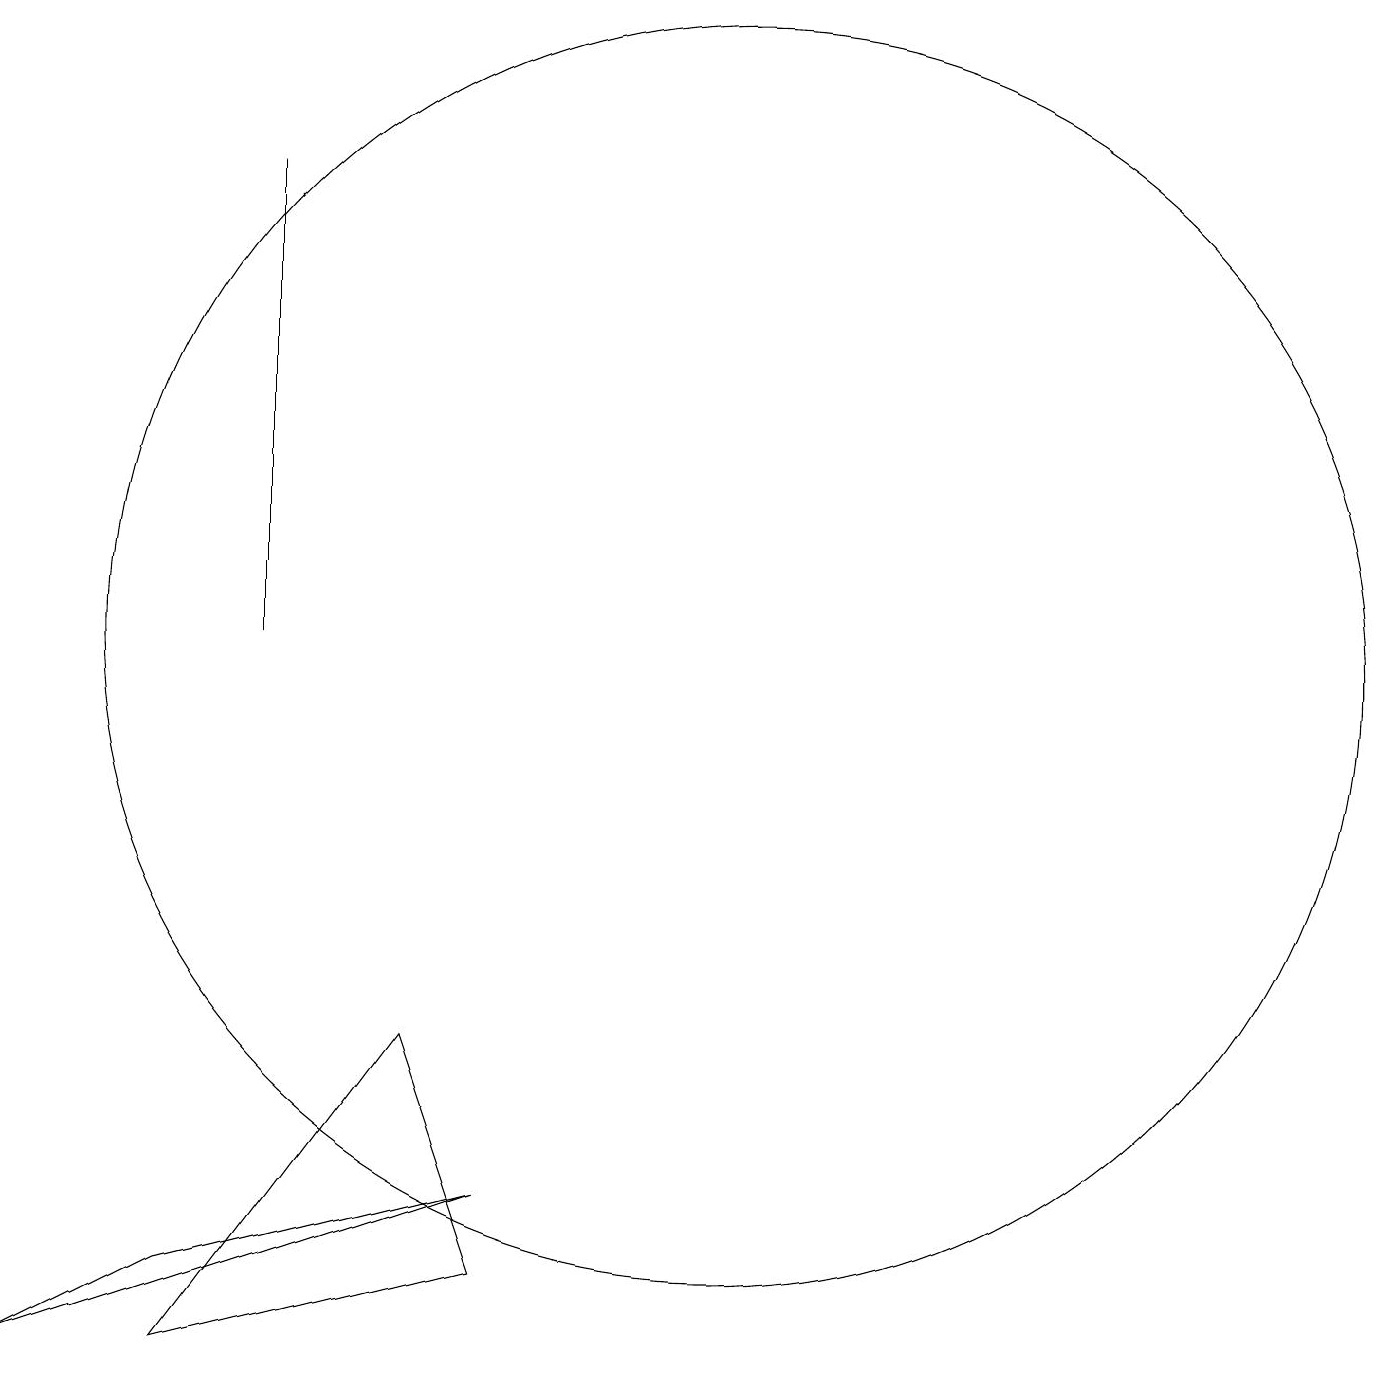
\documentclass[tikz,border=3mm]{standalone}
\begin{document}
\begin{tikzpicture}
\draw (8,3) -- (2,1) -- (4,2) -- cycle;
\draw (5,10) rectangle (5,16);
\draw (7,5) -- (8,2) -- (4,1) -- cycle;
\draw (11,10) circle (8);
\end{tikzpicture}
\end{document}